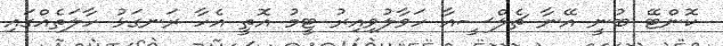
ކޮންޓޭ ބުނީ އޭނާ ޗެލްސީއާ ހަވާލުވިއިރު ޓީމު އޮތީ އެހާ ރަނގަޅު ހާލަތެއްގައި